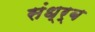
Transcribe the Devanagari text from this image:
संध्र्ब